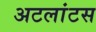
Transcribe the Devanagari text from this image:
अटलांटस